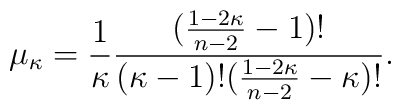
\mu_{\kappa}=\frac{1}{\kappa}\frac{(\frac{1 -2\kappa}{n-2}-1)!}{(\kappa-1)!(\frac{1 -2 \kappa}{n-2}-\kappa)!}.